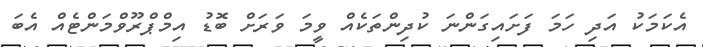
އެކަމަކު އަދި ހަމަ ފަށައިގަންނަ ކުދިންތަކެއް ވީމަ ވަރަށް ބޮޑު އިމްޕްރޫވްމަންޓެއް އެބަ